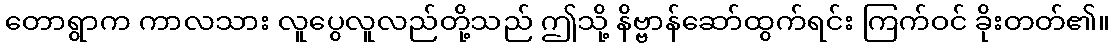
တောရွာက ကာလသား လူပွေလူလည်တို့သည် ဤသို့ နိဗ္ဗာန်ဆော်ထွက်ရင်း ကြက်ဝင် ခိုးတတ်၏။